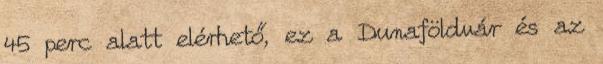
45 perc alatt elérhető, ez a Dunaföldvár és az